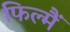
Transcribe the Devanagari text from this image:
फिल्मैं